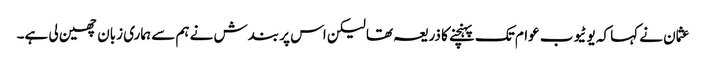
عثمان نے کہا کہ یوٹیوب عوام تک پہنچنے کا ذریعہ تھا لیکن اس پر بندش نے ہم سے ہماری زبان چھین لی ہے۔